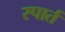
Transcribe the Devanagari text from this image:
स्पार्त